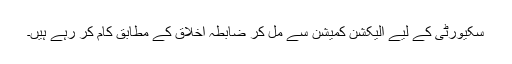
سکیورٹی کے لیے الیکشن کمیشن سے مل کر ضابطہ اخلاق کے مطابق کام کر رہے ہیں۔